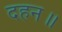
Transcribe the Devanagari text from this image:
दहन॥